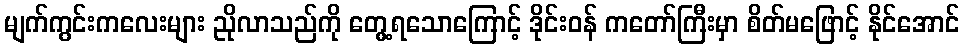
မျက်ကွင်းကလေးများ ညိုလာသည်ကို တွေ့ရသောကြောင့် ဒိုင်းဝန် ကတော်ကြီးမှာ စိတ်မဖြောင့် နိုင်အောင်